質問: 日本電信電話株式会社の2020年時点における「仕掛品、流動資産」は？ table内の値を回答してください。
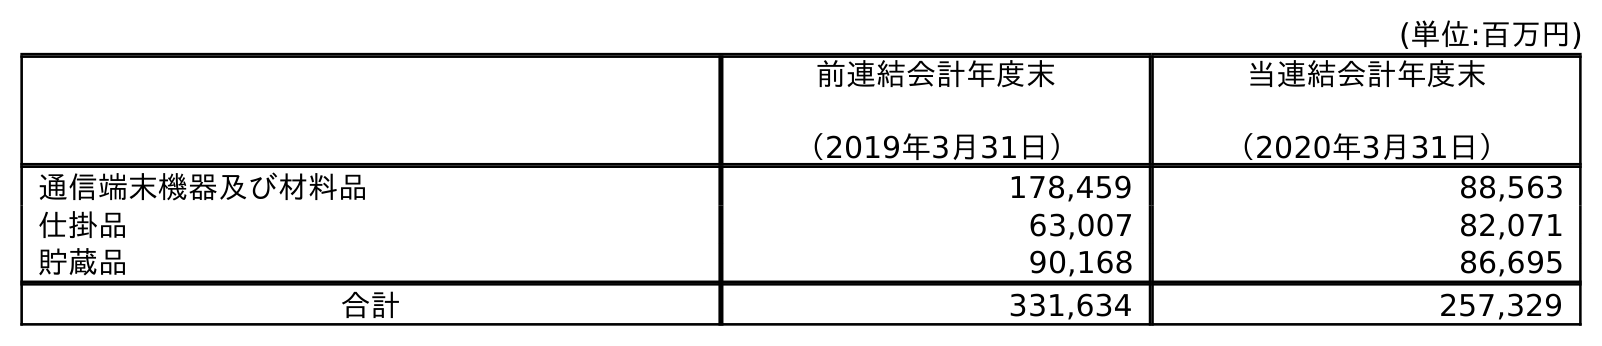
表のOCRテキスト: (単位:百万円) 前連結会計年度末 （2019年3月31日） 当連結会計年度末 （2020年3月31日） 通信端末機器及び材料品 178,459 88,563 仕掛品 63,007 82,071 貯蔵品 90,168 86,695 合計 331,634 257,329
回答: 82,071